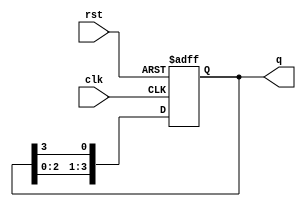
module ring_counter (
    input wire clk,      // Clock input
    input wire rst,      // Reset input (active high)
    output reg [3:0] q   // 4-bit output representing the state
);

    // Initial state when reset
    initial begin
        q = 4'b1000; // Start with '1000'
    end

    // On the rising edge of the clock
    always @(posedge clk or posedge rst) begin
        if (rst) begin
            q <= 4'b1000; // Reset to initial state '1000'
        end else begin
            // Shift the '1' through the ring counter
            q <= {q[2:0], q[3]}; // Shift left and feed back from the last flip-flop
        end
    end

endmodule